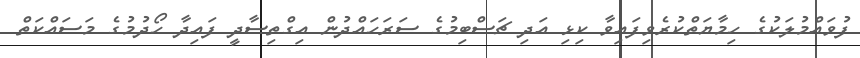
ފުވައްމުލަކުގެ ހިމާޔަތްކުރެވިފައިވާ ކިޅި އަދި ޗަސްބިމުގެ ސަރަހައްދުން އިގްތިސާދީ ފައިދާ ހޯދުމުގެ މަސައްކަތް